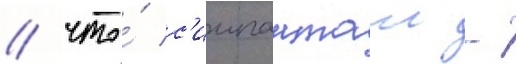
/ что́ с'иипанташ -